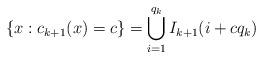
LaTeX: \begin{align*}\{ x : c_{k+1}(x) =c \} = \bigcup_{i=1}^{q_k} I_{k+1}(i+cq_k)\end{align*}